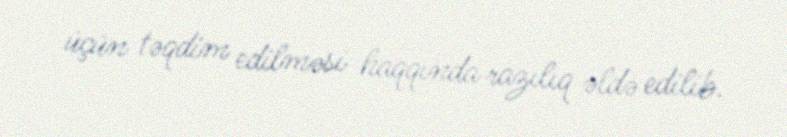
üçün təqdim edilməsi haqqında razılıq əldə edilib.